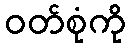
ဝတ်စုံကို